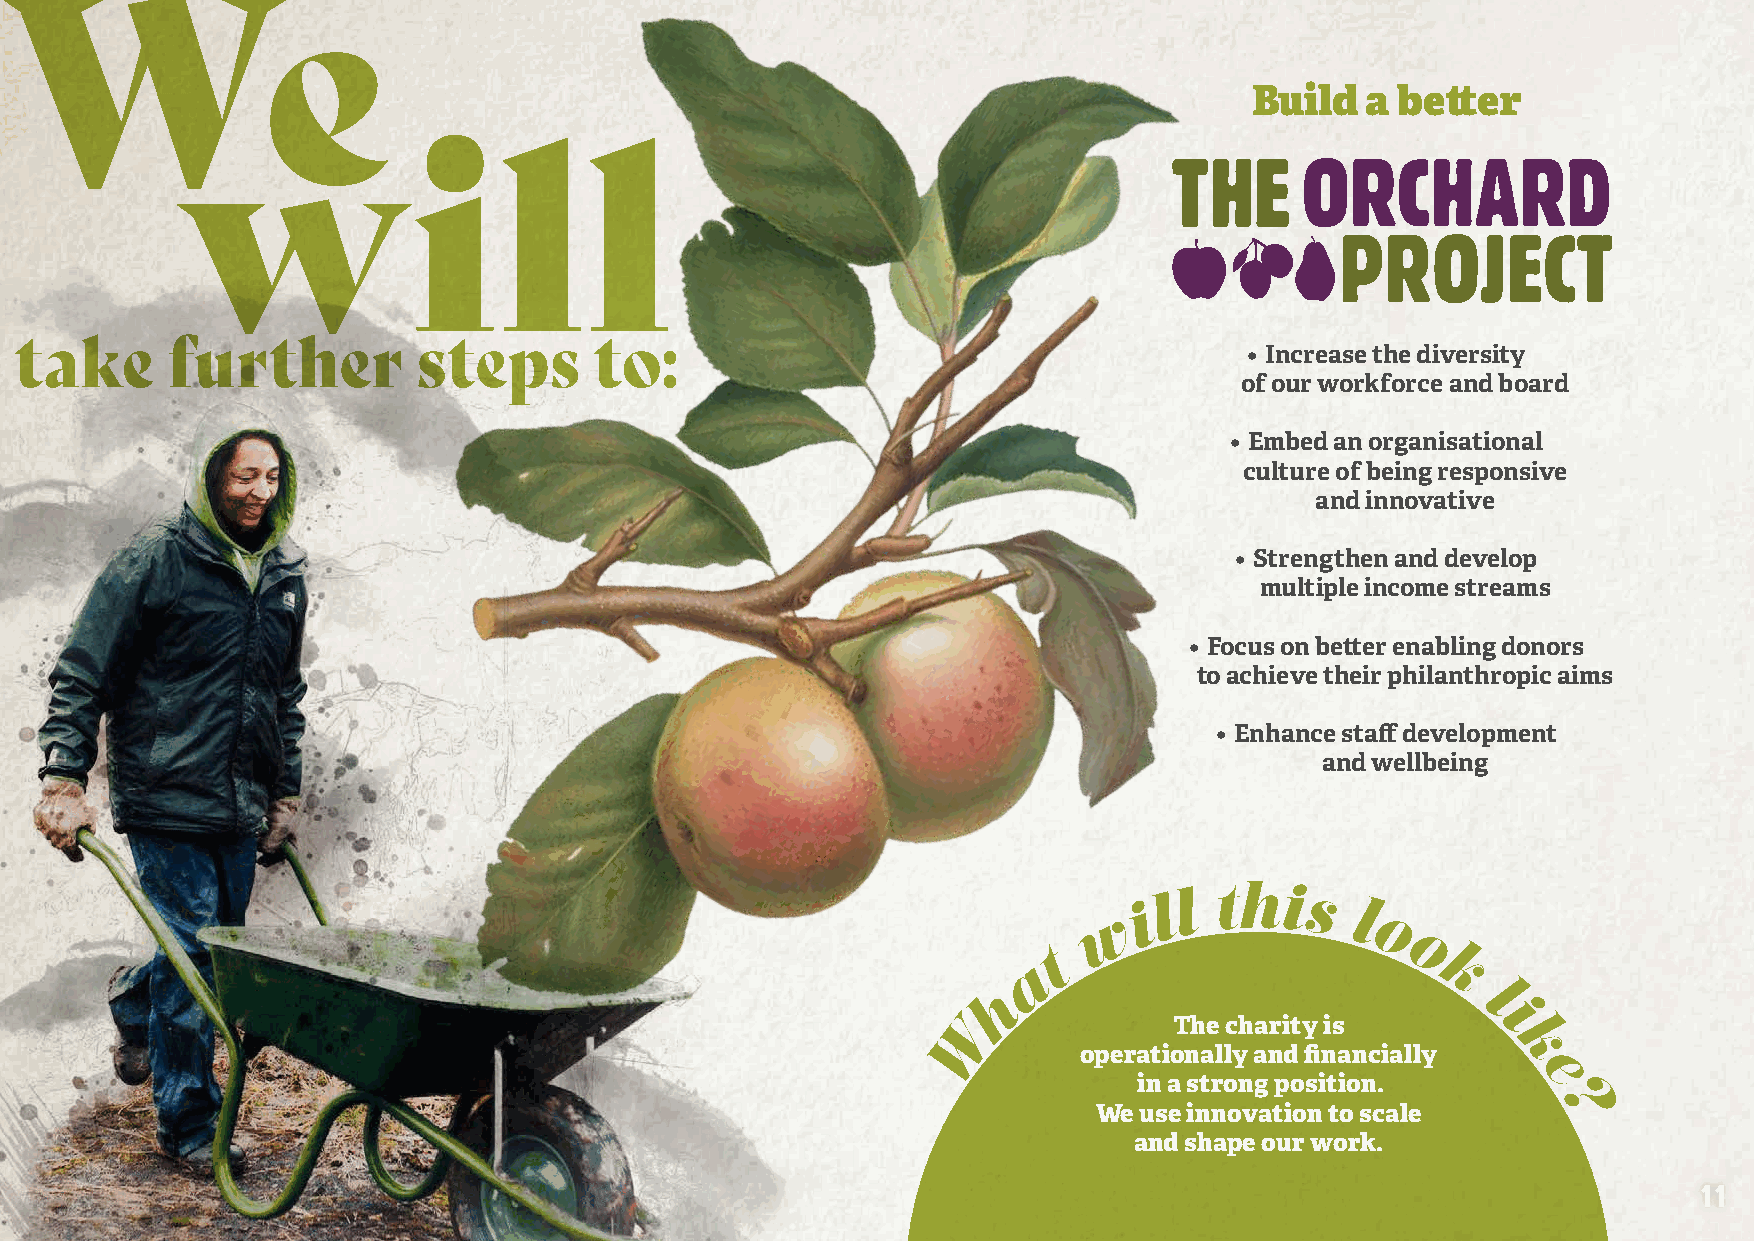
Build  a  better
 • Increase the diversity
 of our workforce and board
 • Embed an organisational
 culture of being responsive
 and innovative
 • Strengthen and develop
 multiple income streams
 • Focus on better enabling donors
 to achieve their philanthropic aims
 • Enhance staff development
 and wellbeing
 i l l this  l
 w
 o
 o
 t
 a                        k
 h                            l
 The charity is     i
 W
 operationally and financially k
 in a strong position.    e
 We use innovation to scale  ?
 and shape our work.
 11